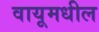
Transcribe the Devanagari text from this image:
वायूमधील